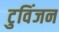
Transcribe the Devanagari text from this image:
टुविंजन